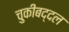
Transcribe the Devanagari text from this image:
चुकीबद्दल